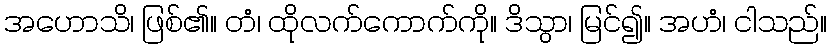
အဟောသိ၊ ဖြစ်၏။ တံ၊ ထိုလက်ကောက်ကို။ ဒိသွာ၊ မြင်၍။ အဟံ၊ ငါသည်။